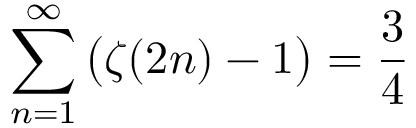
\sum _ { n = 1 } ^ { \infty } { \bigl ( } \zeta ( 2 n ) - 1 { \bigr ) } = { \frac { 3 } { 4 } }